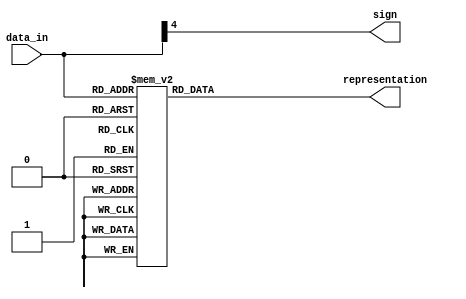
`timescale 1ns / 1ps
//////////////////////////////////////////////////////////////////////////////////
// Company: 
// Engineer: 
// 
// Design Name: 
// Module Name:    btd 
// Project Name: 
// Target Devices: 
// Tool versions: 
// Description: 
//
// Dependencies: 
//
// Revision: 
// Revision 0.01 - File Created
// Additional Comments: 
//
//////////////////////////////////////////////////////////////////////////////////
module btd(
    input signed [4:0] data_in,
    output reg [6:0] representation,
    output sign
    );
	
assign sign = data_in[4];
	
always @(data_in) begin 
	
	case (data_in)  
	
		5'b00000, 5'b10000 : representation = 7'b1110111;
        5'b00001, 5'b11111 : representation = 7'b0010010;
        5'b00010, 5'b11110 : representation = 7'b1011101;
        5'b00011, 5'b11101 : representation = 7'b1011011;
        5'b00100, 5'b11100 : representation = 7'b0111010;
        5'b00101, 5'b11011 : representation = 7'b1101011;
        5'b00110, 5'b11010 : representation = 7'b1101111;
        5'b00111, 5'b11001 : representation = 7'b1010010;
        5'b01000, 5'b11000 : representation = 7'b1111111;
        5'b01001, 5'b10111 : representation = 7'b1111011;
        5'b01010, 5'b10110 : representation = 7'b1111110;
        5'b01011, 5'b10101 : representation = 7'b0101111;
        5'b01100, 5'b10100 : representation = 7'b1100101;
        5'b01101, 5'b10011 : representation = 7'b0011111;
        5'b01110, 5'b10010 : representation = 7'b1101101;
        5'b01111, 5'b10001 : representation = 7'b1101100;
        default : representation = 7'b0000000;
	endcase

end


endmodule